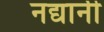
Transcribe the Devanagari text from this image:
नद्यानी